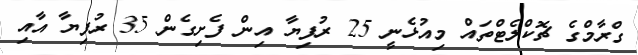
ގްރާމްގެ ޗޮކްލެޓްތައް މިއުޅެނީ 25 ރުފިޔާ އިން ފެށިގެން 35 ރުފިޔާ އާއި